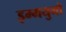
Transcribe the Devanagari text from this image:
इम्मयुनो